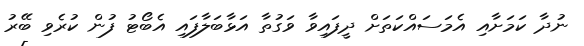
ނުދާ ކަމަށާއި އެމަސައްކަތަށް ދީފައިވާ ވަގުތާ އަޅާބަލާފައި އެބޯޓު ފުން ކުރެވި ބޭރު